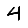
Digit: 4